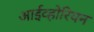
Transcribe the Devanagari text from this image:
आईव्होरियन